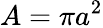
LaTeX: A=\pi a^{2}